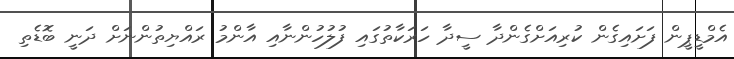
އެމްޑީޕީން ފަށައިގެން ކުރިއަށްގެންދާ ސީދާ ހަރަކާތުގައި ފުލުހުންނާއި އާންމު ރައްޔިތުންނަށް ދަނީ ބޮޑެތި